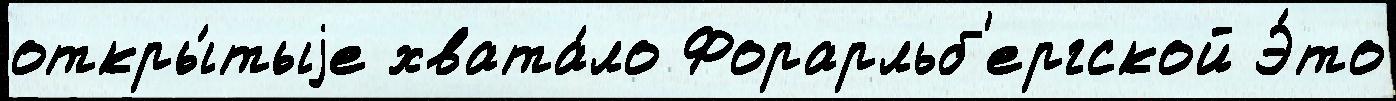
откры́тыjе хвата́ло Форарльб'ергской Э́то